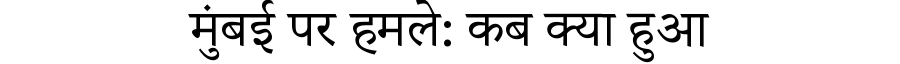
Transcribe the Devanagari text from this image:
मुंबई पर हमले: कब क्या हुआ